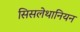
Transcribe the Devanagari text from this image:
सिसलेथानियन